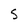
Character: S